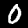
Digit: 0